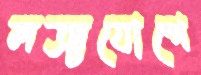
লঞ্চযোগে